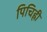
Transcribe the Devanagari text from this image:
पिचिह्ली